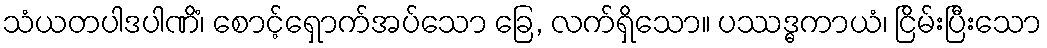
သံယတပါဒပါဏိံ၊ စောင့်ရှောက်အပ်သော ခြေ, လက်ရှိသော။ ပဿဒ္ဓကာယံ၊ ငြိမ်းပြီးသော